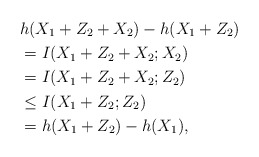
\begin{align*}&h(X_1+Z_2+X_2)-h(X_1+Z_2)\\&=I(X_1+Z_2+X_2;X_2)\\&= I(X_1+Z_2+X_2;Z_2)\\&\le I(X_1+Z_2;Z_2)\\&=h(X_1+Z_2)-h(X_1),\end{align*}